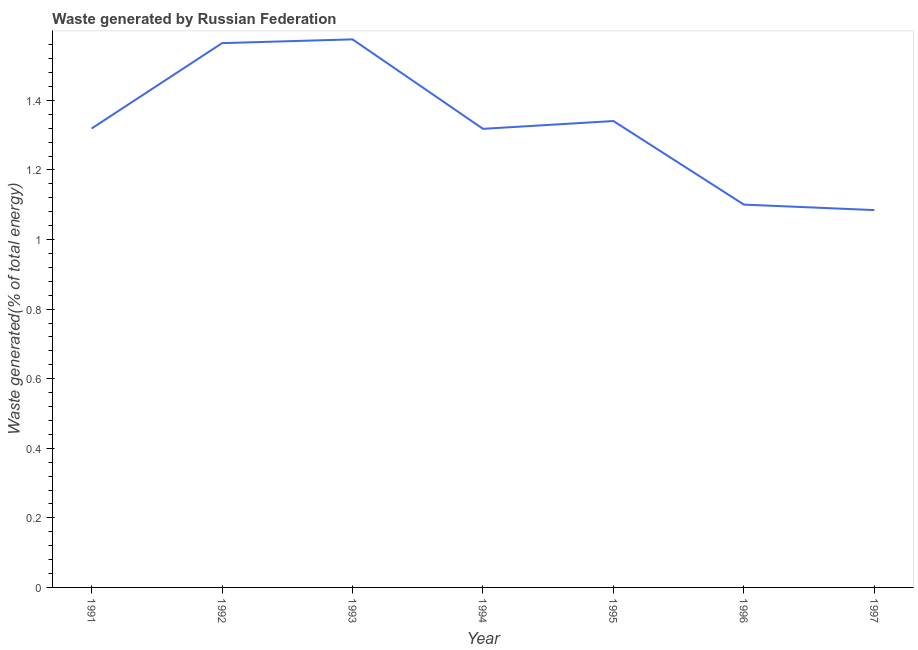
| Year | Combustible renewables and waste (% of total energy) |
 | --- | --- |
 | 1991 | 1.32 |
 | 1992 | 1.56 |
 | 1993 | 1.58 |
 | 1994 | 1.32 |
 | 1995 | 1.34 |
 | 1996 | 1.1 |
 | 1997 | 1.08 |